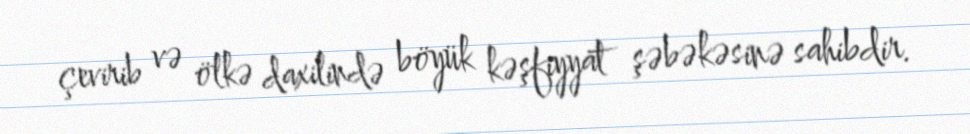
çevirib və ölkə daxilində böyük kəşfiyyat şəbəkəsinə sahibdir.